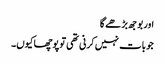
اور بوجھ بڑھے گا
جو بات نہیں کرنی تھی توپوچھاکیوں۔